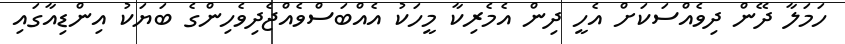
ހަމަލާ ދޭން ދިވެއްސަކަށް އެހީ ދިން އެމެރިކާ މީހަކު އެއްބަސްވެއްޖެދިވެހިންގެ ބަޔަކު އިންޑިއާގައި